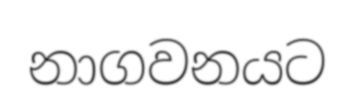
නාගවනයට